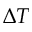
\Delta T